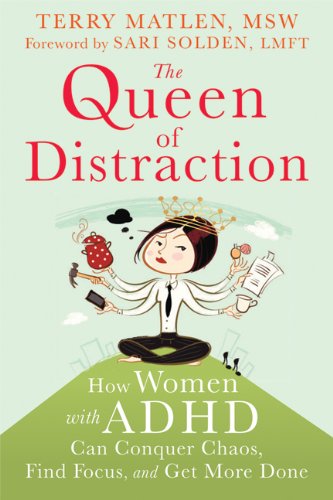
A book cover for The Queen of Distraction: How Women with ADHD Can Conquer Chaos, Find Focus, and Get More Done; Terry Matlen; Parenting & Relationships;